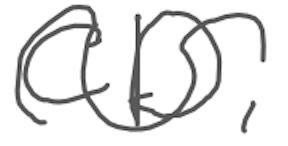
Text: CD,
Cross-out: wave
Writing tool: digital_gray